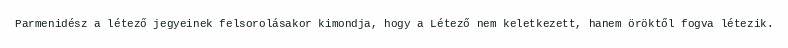
Parmenidész a létező jegyeinek felsorolásakor kimondja, hogy a Létező nem keletkezett, hanem öröktől fogva létezik.